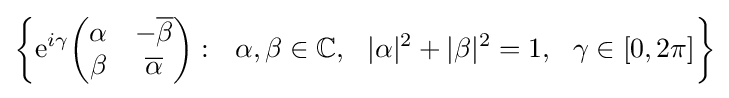
\left\{{\rm {e}}^{i\gamma }{\begin{pmatrix}\alpha &-{\overline {\beta }}\\\beta &{\overline {\alpha }}\end{pmatrix}}:\ \ \alpha ,\beta \in \mathbb {C} ,\ \ |\alpha |^{2}+|\beta |^{2}=1,\ \ \gamma \in [0,2\pi ]\right\}